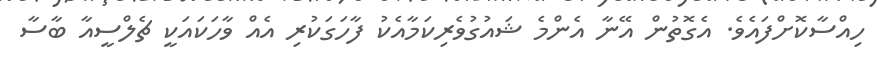
ހިއްސާކޮށްފައެވެ. އެގޮތުން އޭނާ އެންމެ ޝައުގުވެރިކަމާއެކު ފާހަގަކުރި އެއް ވާހަކައަކީ ޗެލްސީއާ ބާސާ